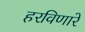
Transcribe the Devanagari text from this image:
हरविणारे